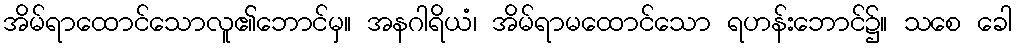
အိမ်ရာထောင်သောလူ၏ဘောင်မှ။ အနဂါရိယံ၊ အိမ်ရာမထောင်သော ရဟန်းဘောင်၌။ သစေ ခေါ